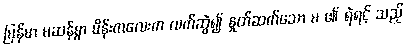
မြန်မာ မဆန်စွာ မိန်းကလေးက လက်ဆွဲ၍ နှုတ်ဆက်သော မ ၏ ရဲရင့် သည့်